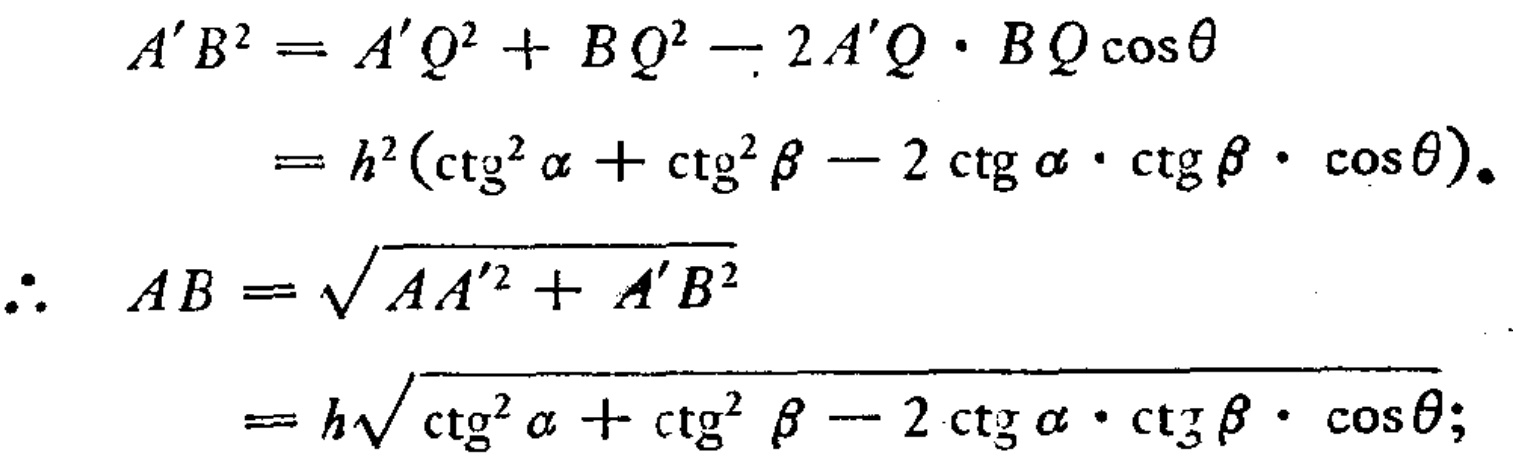
\[
\begin{align*}
A'B^{2}&=A'Q^{2}+BQ^{2}-2A'Q\cdot BQ\cos\theta\\
&=h^{2}(\ctg^{2}\alpha+\ctg^{2}\beta - 2\ctg\alpha\cdot\ctg\beta\cdot\cos\theta)\\
\therefore AB&=\sqrt{AA'^{2}+A'B^{2}}\\
&=h\sqrt{\ctg^{2}\alpha+\ctg^{2}\beta - 2\ctg\alpha\cdot\ctg\beta\cdot\cos\theta}
\end{align*}
\]